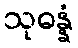
သုဓန္နံ